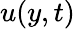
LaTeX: u(y,t)